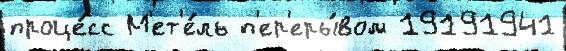
проце́сс М'ет'е́ль п'ер'еры́вом 19191941